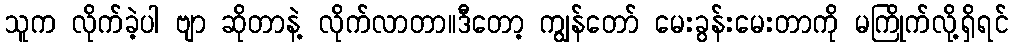
သူက လိုက်ခဲ့ပါ ဗျာ ဆိုတာနဲ့ လိုက်လာတာ။ဒီတော့ ကျွန်တော် မေးခွန်းမေးတာကို မကြိုက်လို့ရှိရင်